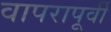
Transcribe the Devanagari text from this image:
वापरापूर्वी